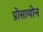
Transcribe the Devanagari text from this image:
प्रोसायोन